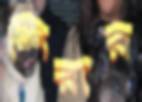
শিরার